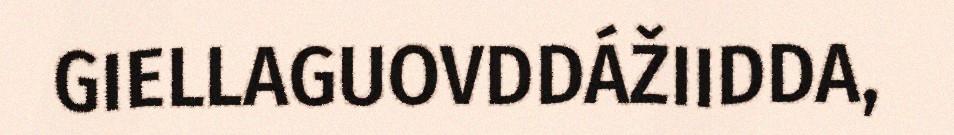
GIELLAGUOVDDÁŽIIDDA,